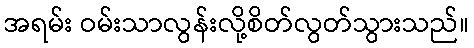
အရမ်း ဝမ်းသာလွန်းလို့စိတ်လွတ်သွားသည်။